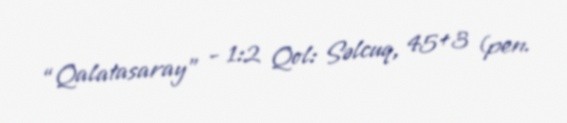
“Qalatasaray” - 1:2 Qol: Səlcuq, 45+3 (pen.